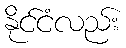
နိုင်ငံလည်း